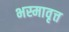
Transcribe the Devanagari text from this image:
भस्मावृत्त